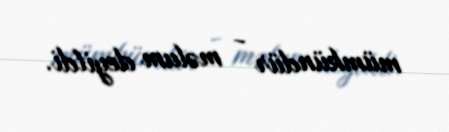
mümkündür - məlum deyildi.